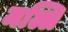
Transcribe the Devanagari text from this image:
मल्लि